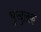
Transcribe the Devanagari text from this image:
चुखुलक